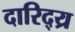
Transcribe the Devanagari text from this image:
दारिद्य्र